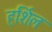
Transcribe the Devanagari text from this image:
हर्शिल